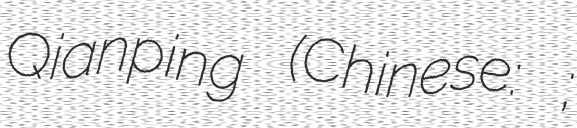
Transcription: Qianping (Chinese: 陈谦平;